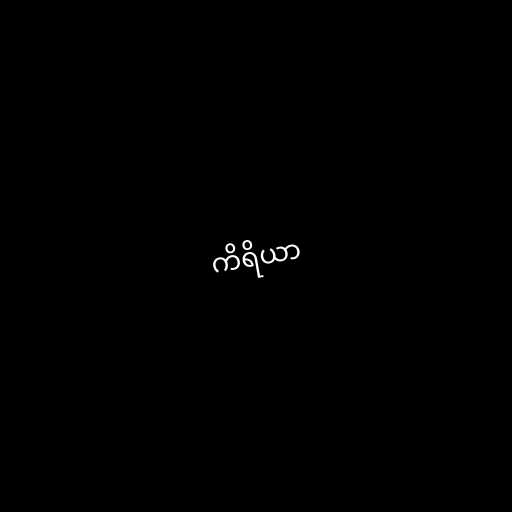
ကိရိယာ